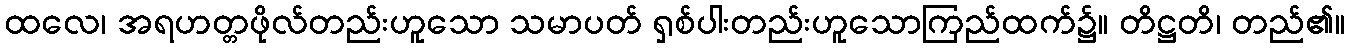
ထလေ၊ အရဟတ္တဖိုလ်တည်းဟူသော သမာပတ် ရှစ်ပါးတည်းဟူသောကြည်ထက်၌။ တိဋ္ဌတိ၊ တည်၏။